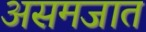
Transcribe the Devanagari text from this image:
असमजात